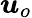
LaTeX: {\boldsymbol u}_{o}